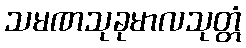
သမဏသုခုမာလသုတ္တံ